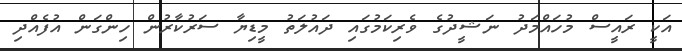
އަކީ ރައީސް މުހައްމަދު ނަޝީދުގެ ވެރިކަމުގައި ދައުލަތު މީޑިޔާ ސަރުކާރުން ހިންގަން އުފެއްދި